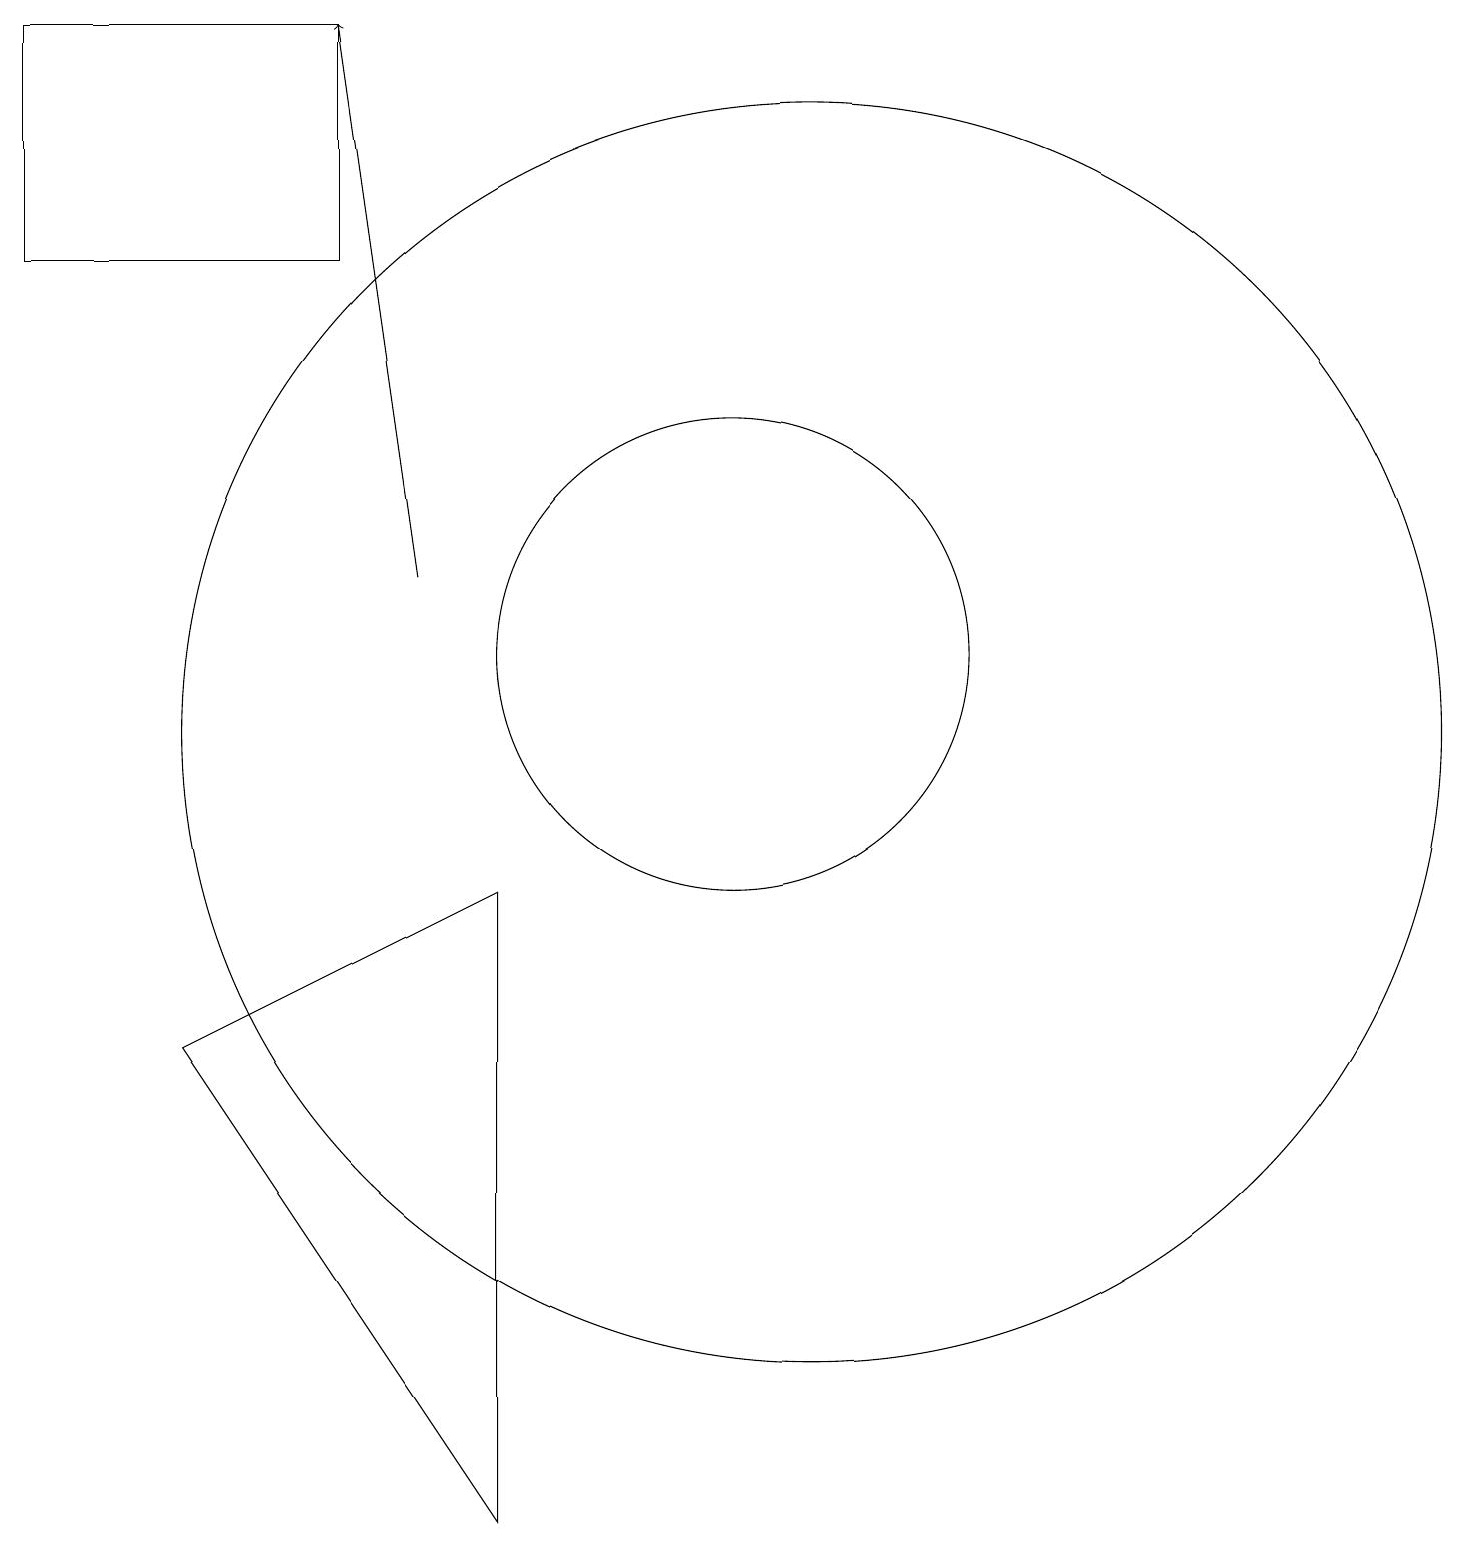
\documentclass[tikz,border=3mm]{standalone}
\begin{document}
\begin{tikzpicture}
\draw (5,19) rectangle (1,16);
\draw[->] (6,12) -- (5,19);
\draw (3,6) -- (7,8) -- (7,0) -- cycle;
\draw (10,11) circle (3);
\draw (11,10) circle (8);
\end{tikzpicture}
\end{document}